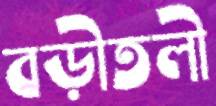
বড়ীতলী